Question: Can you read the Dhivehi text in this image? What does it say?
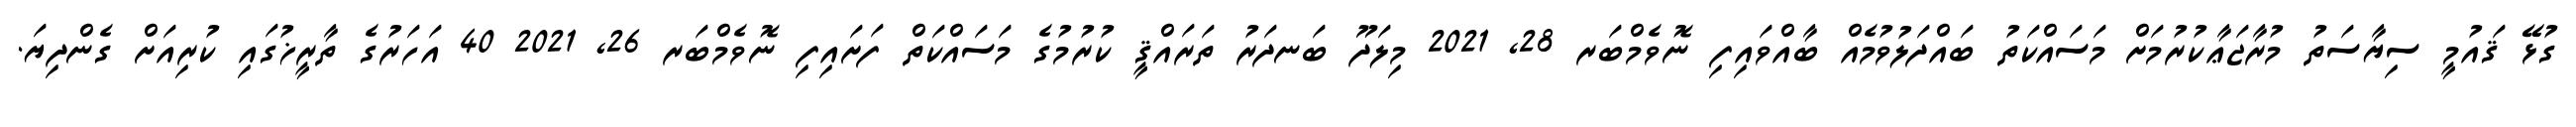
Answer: ގުޅޭ ޤައުމީ ސިޔާސަތު މުރާޖަޢާކުރުމަށް މަސައްކަތު ބައްދަލުވުމެއް ބާއްވައިފި ނޮވެމްބަރ 28, 2021 މިލަދޫ ބަނދަރު ތަރައްޤީ ކުރުމުގެ މަސައްކަތް ފަށައިފި ނޮވެމްބަރ 26, 2021 40 އަހަރުގެ ތާރީޚުގައި ކުރިއަށް ގެންދިޔަ.